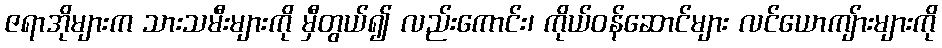
ဇရာအိုများက သားသမီးများကို မှီတွယ်၍ လည်းကောင်း၊ ကိုယ်ဝန်ဆောင်များ လင်ယောကျ်ားများကို